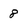
Character: 8